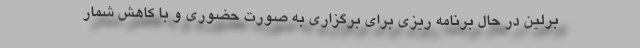
برلین در حال برنامه ریزی برای برگزاری به صورت حضوری و با کاهش شمار